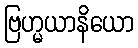
ဗြဟ္မယာနိယော